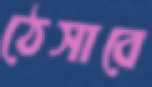
ঠেসাবে